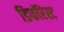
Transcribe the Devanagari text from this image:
डिफॉरेस्ट